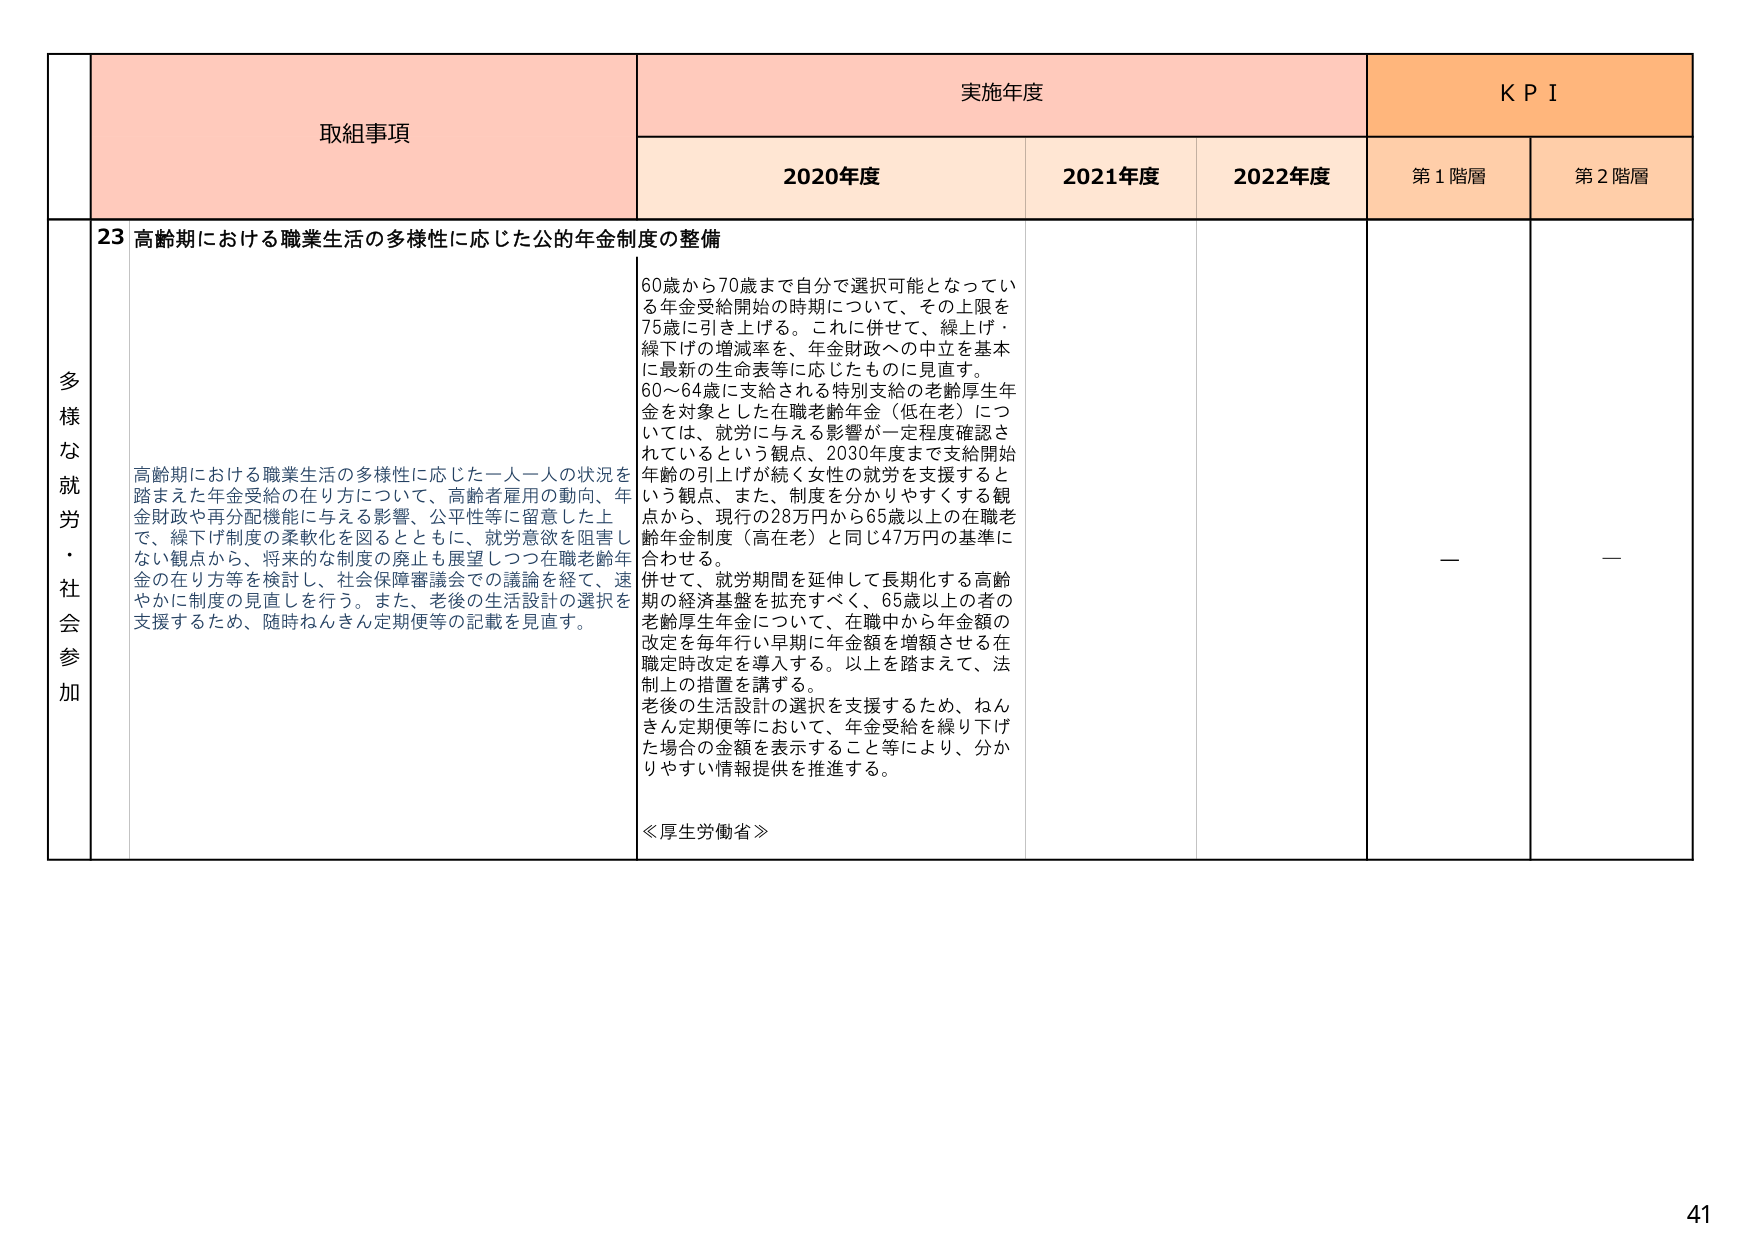
多様な就労・社会参加

取組事項
23 高齢期における職業生活の多様性に応じた公的年金制度の整備

高齢期における職業生活の多様性に応じた一人一人の状況を踏まえた年金受給の在り方について、高齢者雇用の動向、年金財政や再分配機能に与える影響、公平性等に留意した上で、繰下げ制度の柔軟化を図るとともに、就労意欲を阻害しない観点から、将来的な制度の廃止も展望しつつ在職老齢年金の在り方等を検討し、社会保障審議会での議論を経て、速やかに制度の見直しを行う。また、老後の生活設計の選択を支援するため、随時ねんきん定期便等の記載を見直す。

実施年度
2020年度
2021年度
2022年度

60歳から70歳まで自分で選択可能となっている年金受給開始の時期について、その上限を75歳に引き上げる。これに併せて、繰上げ・繰下げの増減率を、年金財政への中立を基本に最新の生命表等に応じたものに見直す。
60～64歳に支給される特別支給の老齢厚生年金を対象とした在職老齢年金（低在老）については、就労に与える影響が一定程度確認されているという観点、2030年度まで支給開始年齢の引上げが続く女性の就労を支援するという観点、また、制度を分かりやすくする観点から、現行の28万円から65歳以上の在職老齢年金制度（高在老）と同じ47万円の基準に合わせる。
併せて、就労期間を延伸して長期化する高齢期の経済基盤を拡充すべく、65歳以上の者の老齢厚生年金について、在職中から年金額の改定を毎年行い早期に年金額を増額させる在職定時改定を導入する。以上を踏まえて、法制上の措置を講ずる。
老後の生活設計の選択を支援するため、ねんきん定期便等において、年金受給を繰り下げた場合の金額を表示すること等により、分かりやすい情報提供を推進する。

≪厚生労働省≫

KPI
第1階層
第2階層
—

—

41